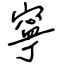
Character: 寧